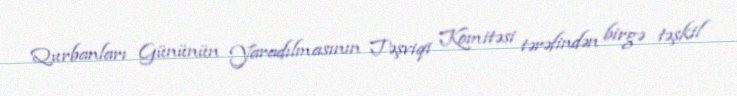
Qurbanları Gününün Yaradılmasının Təşviqi Komitəsi tərəfindən birgə təşkil